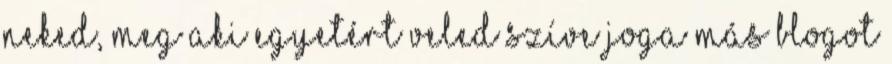
Neked, meg aki egyetért veled szíve joga más blogot